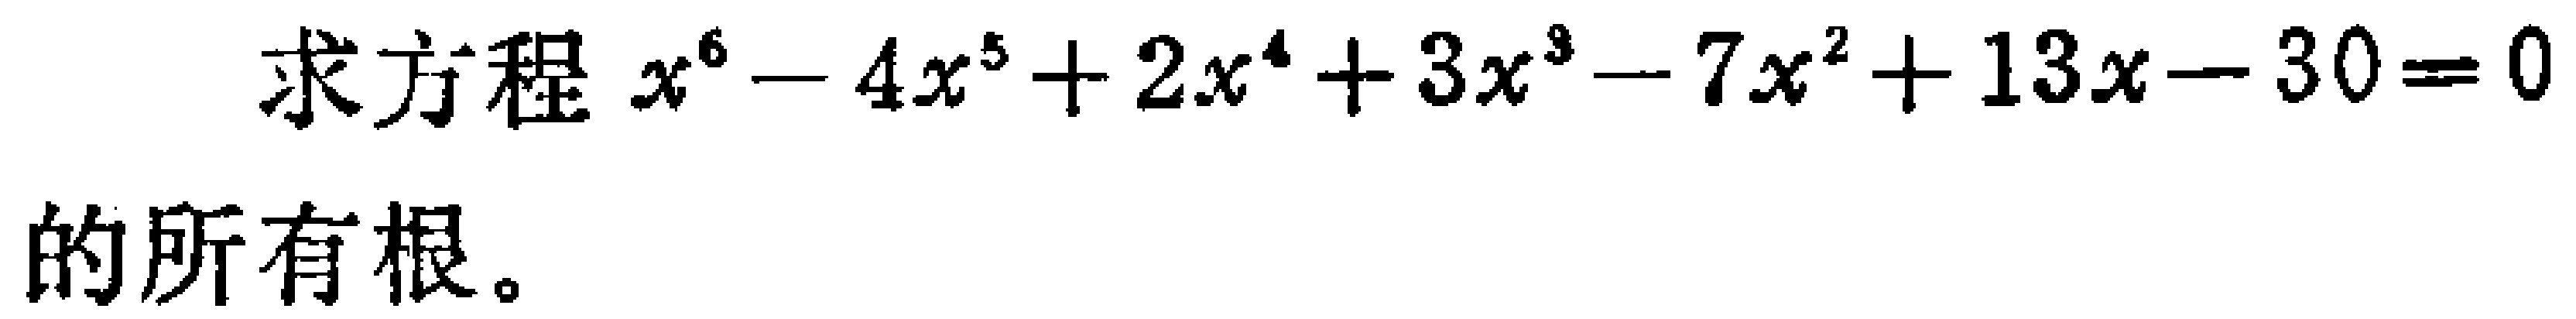
求方程 \(x^{6}-4x^{5}+2x^{4}+3x^{3}-7x^{2}+13x - 30 = 0\) 的所有根。